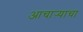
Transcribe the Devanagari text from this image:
आचाऱ्याचा